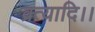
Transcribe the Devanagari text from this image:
व्रत्यादि।।